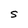
Character: S